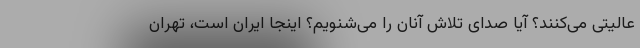
عالیتی می‌کنند؟ آیا صدای تلاش آنان را می‌شنویم؟ اینجا ایران است، تهران